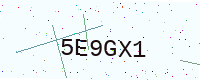
Text: 5E9GX1